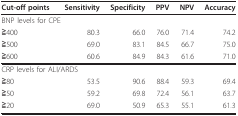
<table><thead><tr><td><b>Cut-off points</b></td><td><b>Sensitivity</b></td><td><b>Specificity</b></td><td><b>PPV</b></td><td><b>NPV</b></td><td><b>Accuracy</b></td></tr></thead><tbody><tr><td colspan="2">BNP levels for CPE</td><td></td><td></td><td></td><td></td></tr><tr><td>≧400</td><td>80.3</td><td>66.0</td><td>76.0</td><td>71.4</td><td>74.2</td></tr><tr><td>≧500</td><td>69.0</td><td>83.1</td><td>84.5</td><td>66.7</td><td>75.0</td></tr><tr><td>≧600</td><td>60.6</td><td>84.9</td><td>84.3</td><td>61.6</td><td>71.0</td></tr><tr><td colspan="2">CRP levels for ALI/ARDS</td><td></td><td></td><td></td><td></td></tr><tr><td>≧80</td><td>53.5</td><td>90.6</td><td>88.4</td><td>59.3</td><td>69.4</td></tr><tr><td>≧50</td><td>59.2</td><td>69.8</td><td>72.4</td><td>56.1</td><td>63.7</td></tr><tr><td>≧20</td><td>69.0</td><td>50.9</td><td>65.3</td><td>55.1</td><td>61.3</td></tr></tbody></table>